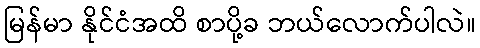
မြန်မာ နိုင်ငံအထိ စာပို့ခ ဘယ်လောက်ပါလဲ။